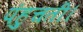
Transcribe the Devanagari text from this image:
पंहुचती।